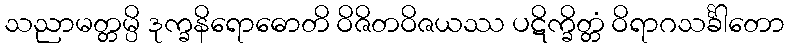
သညာမတ္တမ္ပိ ဒုက္ခနိရောဓောတိ ဝိဇိတဝိဇယဿ ပဋိက္ခိတ္တံ ဝိရာဂသင်္ခါတော